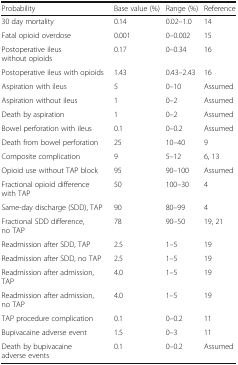
| Probability | Base value (%) | Range (%) | Reference |
 | --- | --- | --- | --- |
 | 30 day mortality | 0.14 | 0.02–1.0 | 14 |
 | Fatal opioid overdose | 0.001 | 0–0.002 | 15 |
 | Postoperative ileus without opioids | 0.17 | 0–0.34 | 16 |
 | Postoperative ileus with opioids | 1.43 | 0.43–2.43 | 16 |
 | Aspiration with ileus | 5 | 0–10 | Assumed |
 | Aspiration without ileus | 1 | 0–2 | Assumed |
 | Death by aspiration | 1 | 0–2 | Assumed |
 | Bowel perforation with ileus | 0.1 | 0–0.2 | Assumed |
 | Death from bowel perforation | 25 | 10–40 | 9 |
 | Composite complication | 9 | 5–12 | 6, 13 |
 | Opioid use without TAP block | 95 | 90–100 | Assumed |
 | Fractional opioid difference with TAP | 50 | 100–30 | 4 |
 | Same-day discharge (SDD), TAP | 90 | 80–99 | 4 |
 | Fractional SDD difference, no TAP | 78 | 90–50 | 19, 21 |
 | Readmission after SDD, TAP | 2.5 | 1–5 | 19 |
 | Readmission after SDD, no TAP | 2.5 | 1–5 | 19 |
 | Readmission after admission, TAP | 4.0 | 1–5 | 19 |
 | Readmission after admission, no TAP | 4.0 | 1–5 | 19 |
 | TAP procedure complication | 0.1 | 0–0.2 | 11 |
 | Bupivacaine adverse event | 1.5 | 0–3 | 11 |
 | Death by bupivacaine adverse events | 0.1 | 0–0.2 | Assumed |